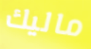
ماليك